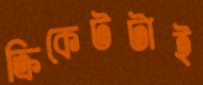
ক্রিকেটটাই